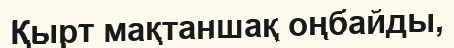
Қырт мақтаншақ оңбайды,